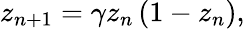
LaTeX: z_{n+1}=\gamma z_{n}\left(1-z_{n}\right),